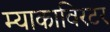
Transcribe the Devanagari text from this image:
म्याकाविरटर